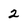
Character: 2